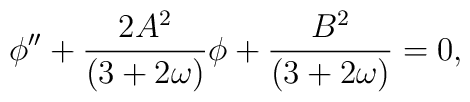
\phi'' + \frac{2A^2}{(3 + 2\omega)}\phi +\frac{B^2}{(3 + 2 \omega)} = 0,